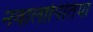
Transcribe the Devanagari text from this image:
नवालापितिया